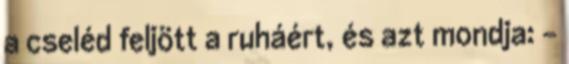
a cseléd feljött a ruháért, és azt mondja: -